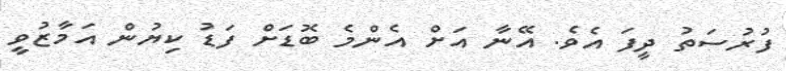
ފުރުސަތު ދީފަ އެވެ. އޭނާ އަށް އެންމެ ބޮޑަށް ފަޑު ކިޔުން އަމާޒުވީ